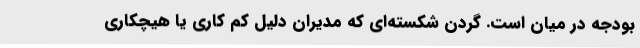
بودجه در میان است. گردن شکسته‌ای که مدیران دلیل کم کاری یا هیچکاری